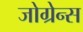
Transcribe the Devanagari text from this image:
जोग्रेन्स